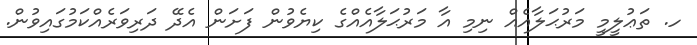
ހ. ތަޢުލީމީ މަރުޙަލާއެއް ނިމި އާ މަރުޙަލާއެއްގެ ކިޔެވުން ފަށަން އެދޭ ދަރިވަރެއްކަމުގައިވުން.